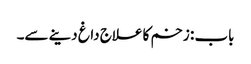
باب : زخم کا علاج داغ دینے سے۔